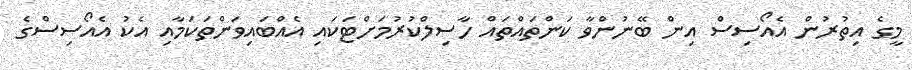
މީގެ އިތުރުން އެއޯސިސް އިން ބޭނުންވާ ކަންތައްތައް ހާސިލްކުރުމަށްޓަކައި އެއްބައިވަންތަކަމާއި އެކު އެއޯސިސްގެ